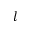
l